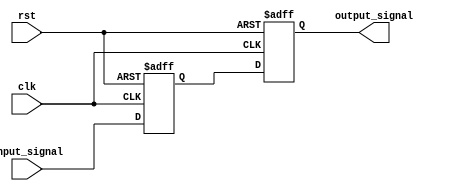
module buffer_delay (
    input wire clk,
    input wire rst,
    input wire [7:0] input_signal,
    output reg [7:0] output_signal
);

reg [7:0] buffer;
integer delay = 10; // adjustable delay setting

always @(posedge clk or posedge rst) begin
    if (rst) begin
        buffer <= 0;
        output_signal <= 0;
    end else begin
        buffer <= input_signal;
        #delay output_signal <= buffer;
    end
end

endmodule